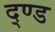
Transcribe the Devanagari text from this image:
द्ण्ड